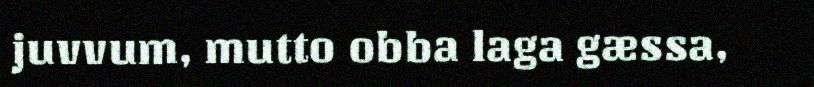
juvvum, mutto obba laga gæssa,